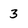
Character: 3